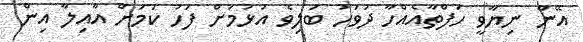
އޭނާ ނިޔާވީ ހަފްތާއެއްހާ ދުވަހު ބަލިވެ އުޅުމަށް ފަހު ކަމަށް އާއިލާ އިން